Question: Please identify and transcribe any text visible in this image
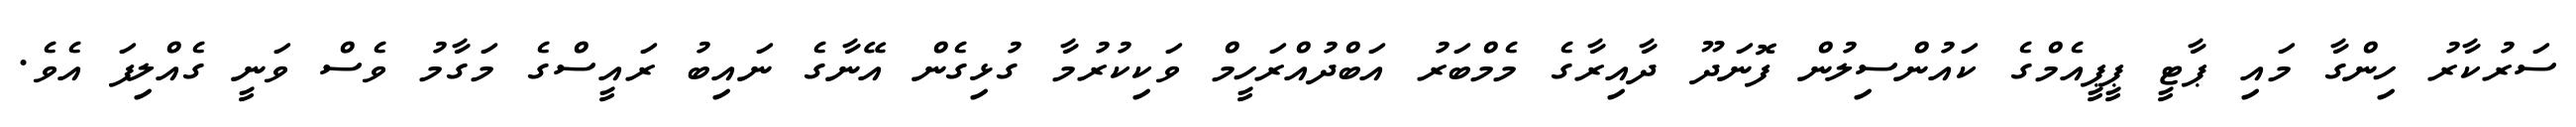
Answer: ސަރުކާރު ހިންގާ މައި ޕާޓީ ޕީޕީއެމްގެ ކައުންސިލުން ފޮނަދޫ ދާއިރާގެ މެމްބަރު އަބްދުއްރަހީމް ވަކިކުރުމާ ގުޅިގެން އޭނާގެ ނައިބު ރައީސްގެ މަގާމު ވެސް ވަނީ ގެއްލިފަ އެވެ.